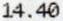
14.40